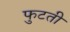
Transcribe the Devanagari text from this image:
फुटती